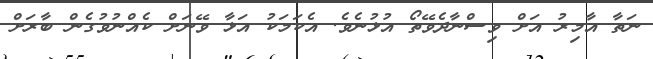
ނަތާ އާމިރު އަށް ވިސްނާދެވޭތޯ އުޅުނެވެ. އެކަމަކު އަޅާ ވޭނަށް ކެއްނުވުގެން ބާރަށް